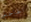
الحاخام